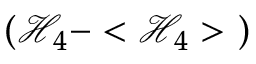
\left( \mathcal { H } _ { 4 } - < \mathcal { H } _ { 4 } > \ \right)